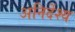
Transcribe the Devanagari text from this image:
अनिर्देश्य